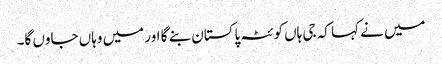
میں نے کہا کہ جی ہاں کوئٹہ پاکستان بنے گا اور میں وہاں جاوں گا۔